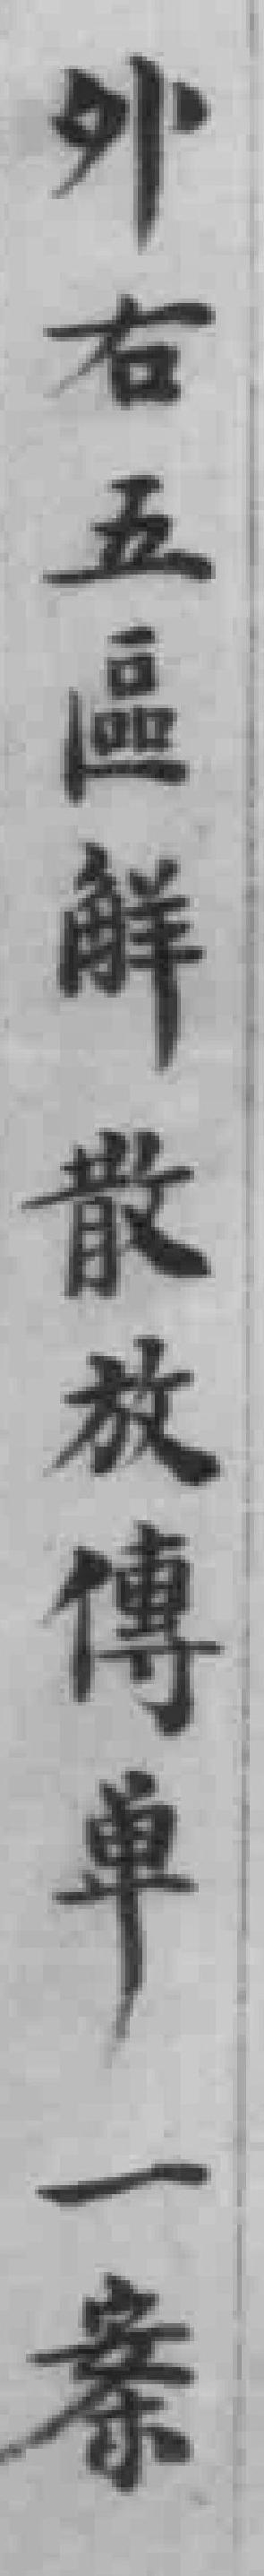
外右五區觧散傳單一案